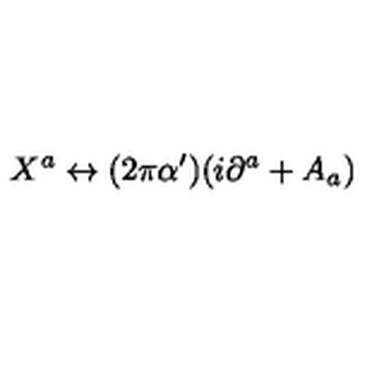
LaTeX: X ^ { a } \leftrightarrow ( 2 \pi \alpha ^ { \prime } ) ( i \partial ^ { a } + A _ { a } )